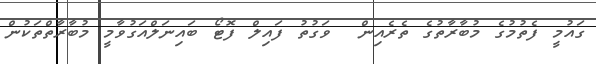
ގައުމީ ފެތުމުގެ މުބާރާތުގެ ތެރެއިން  ވަގުތު ފައިލް ފޮޓޯ ބައިނަލްއަގުވާމީ މުބާރާތްތަކުން